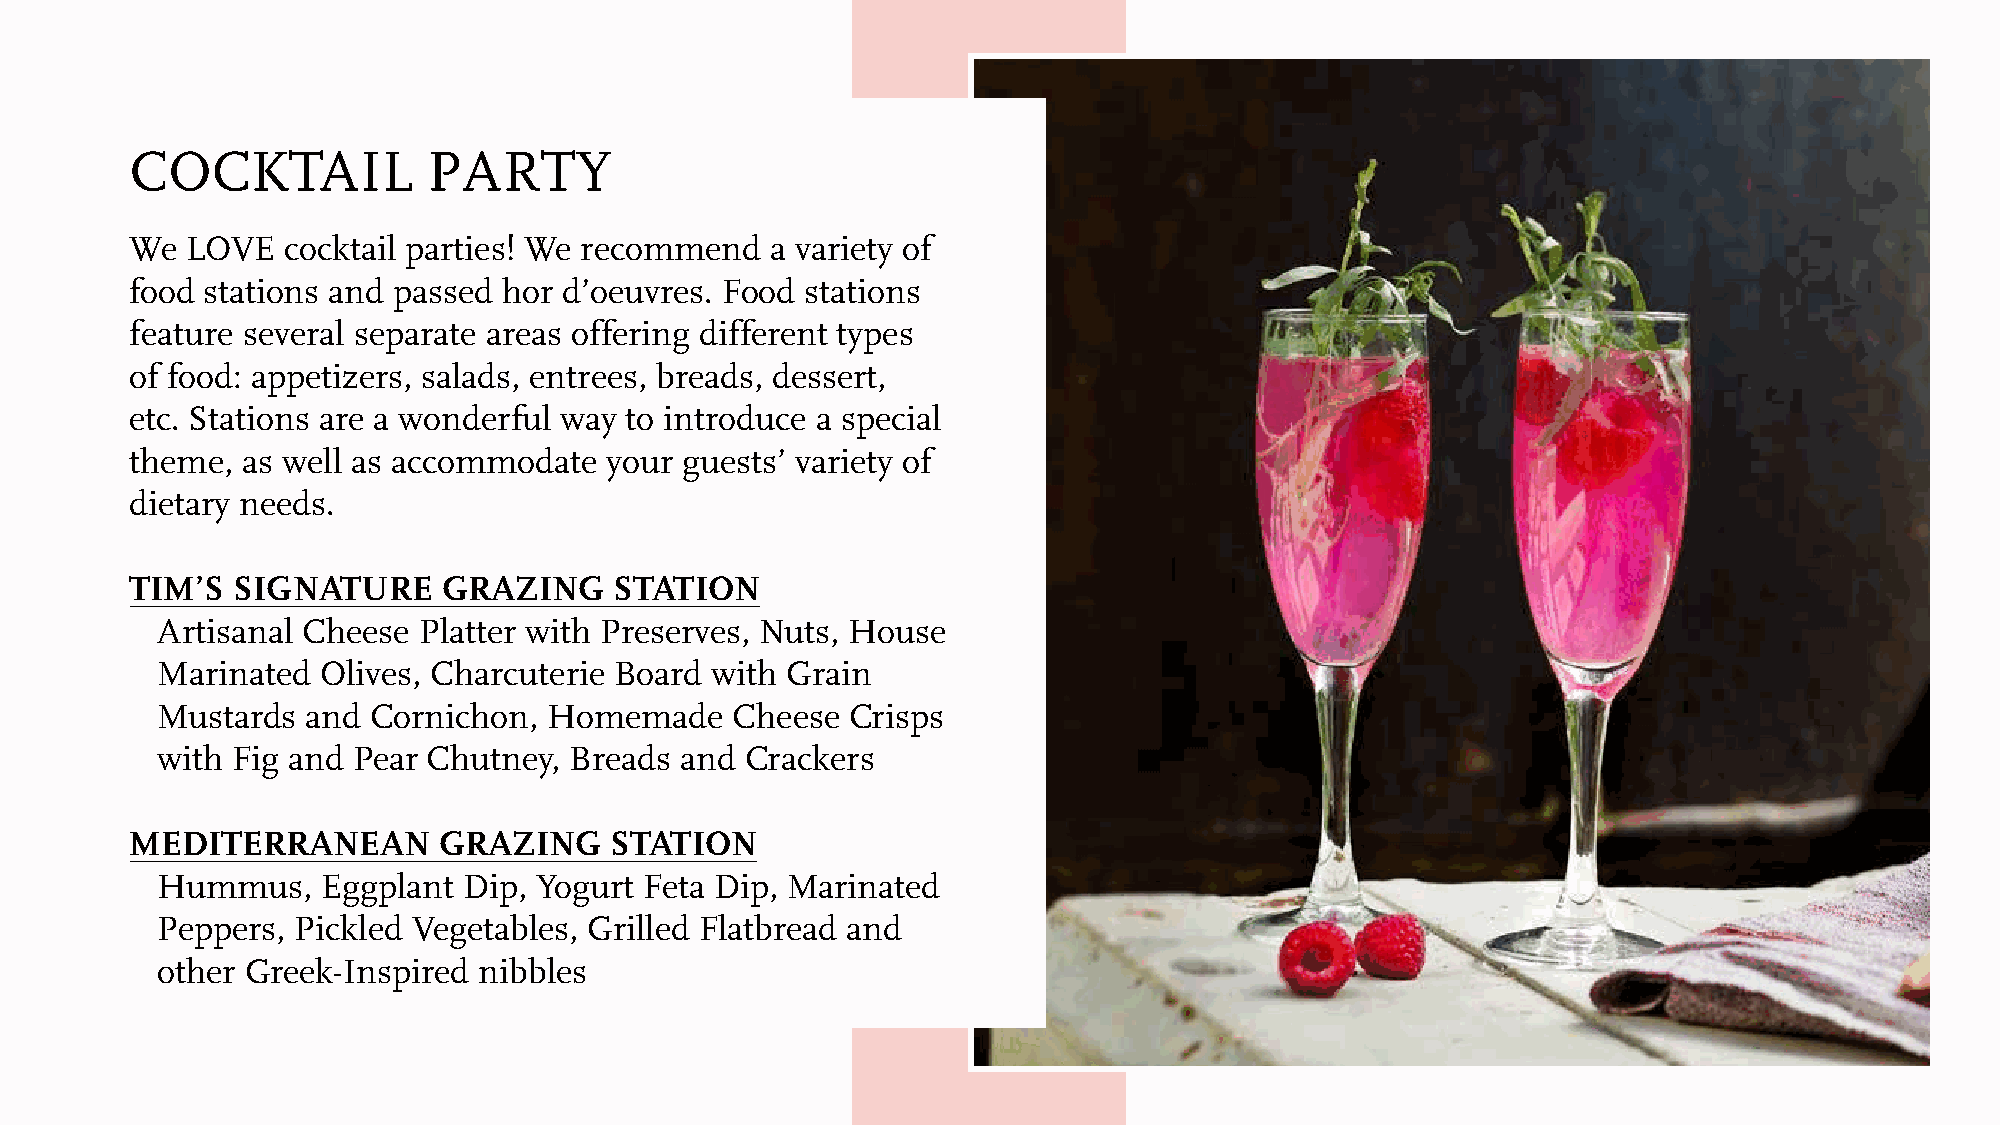
COCKTAIL           PARTY
 We LOVE   cocktail parties! We recommend  a variety of
 food stations and passed hor d’oeuvres. Food stations
 feature several separate areas offering different types
 of food: appetizers, salads, entrees, breads, dessert,
 etc. Stations are a wonderful way to introduce a special
 theme, as well as accommodate  your guests’ variety of
 dietary needs.
 TIM’S SIGNATURE     GRAZING     STATION
 Artisanal Cheese  Platter with Preserves, Nuts, House
 Marinated  Olives, Charcuterie Board with Grain
 Mustards  and  Cornichon, Homemade    Cheese  Crisps
 with Fig and Pear Chutney,  Breads and Crackers
 MEDITERRANEAN       GRAZING    STATION
 Hummus,    Eggplant  Dip, Yogurt Feta Dip, Marinated
 Peppers, Pickled Vegetables, Grilled Flatbread and
 other Greek-Inspired  nibbles